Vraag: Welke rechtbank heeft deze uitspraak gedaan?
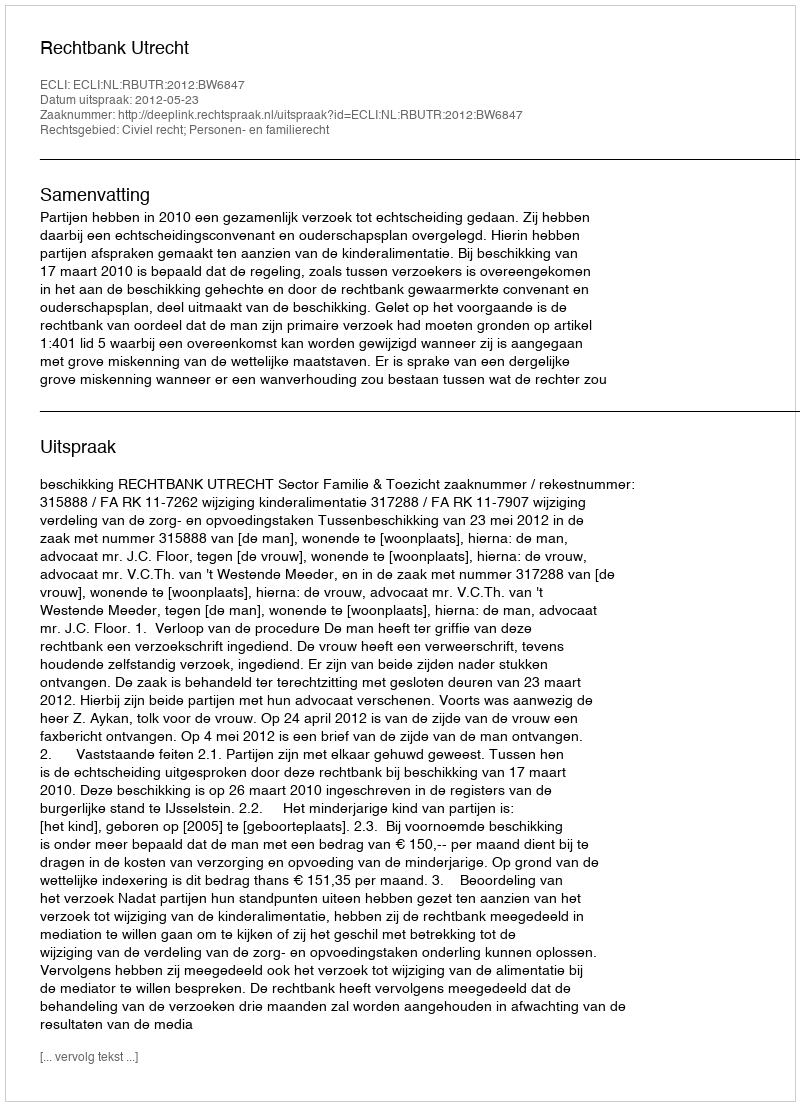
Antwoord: Rechtbank Utrecht